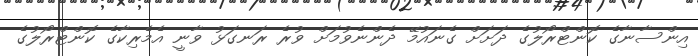
އިންސާނާގެ ކޮންޓްރޯލުގެ ދަށަށް ގެނައުމޭ ދެންނެވުމަށް ވުރެ ރަނގަޅު ވާނީ އެމެރިކާގެ ކޮންޓްރޯލުގެ